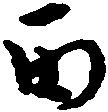
丙